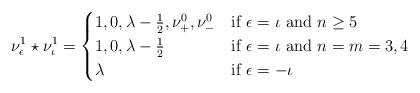
LaTeX: \begin{align*}\nu^{1}_\epsilon \star \nu^{1}_\iota = \begin{cases}1,0,\lambda-\frac{1}{2}, \nu^{0}_+, \nu^{0}_- & \mbox{if } \epsilon = \iota \mbox{ and } n \geq 5 \\1,0,\lambda-\frac{1}{2} & \mbox{if } \epsilon = \iota \mbox{ and } n=m =3,4 \\\lambda & \mbox{if } \epsilon = -\iota\end{cases}\end{align*}